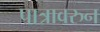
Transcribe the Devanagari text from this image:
पात्रावरुन